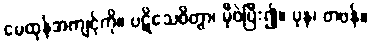
မေထုန်အကျင့်ကို။ ပဋိသေဝိတွာ၊ မှီဝဲပြီး၍။ ပုန၊ တဖန်။